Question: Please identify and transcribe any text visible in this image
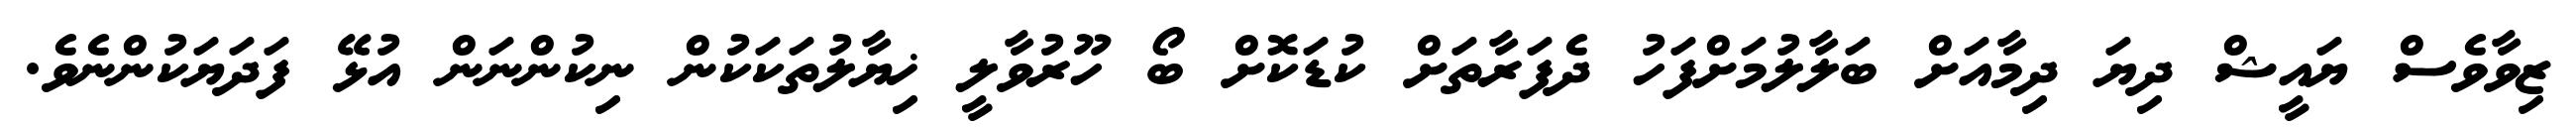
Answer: ޒިވާވެސް ޔައީޝް ދިޔަ ދިމާއަށް ބަލާލުމަށްފަހު ދެފަރާތަށް ކުޑަކޮށް ބޯ ހޫރުވާލީ ޚިޔާލުތަކަކުން ނިކުންނަން އުޅޭ ފަދަޔަކުންނެވެ.